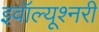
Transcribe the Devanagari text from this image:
इवॉल्यूश्नरी